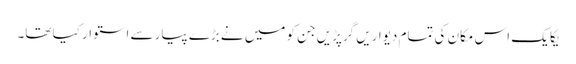
یکا یک اس مکان کی تمام دیواریں گرپڑیں جن کو میں نے بڑے پیار سے استوار کیا تھا۔